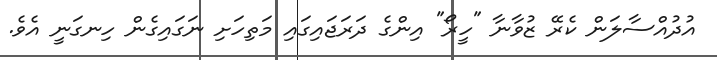
އުދުއްސާލަން ކެރޭ ޒުވާނާ "ހީރޯ" އިންގެ ދަރަޖައިގައި މަތިހަށި ނަގައިގެން ހިނގަނީ އެވެ.